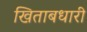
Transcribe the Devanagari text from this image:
खिताबधारी